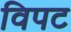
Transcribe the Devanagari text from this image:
विपट